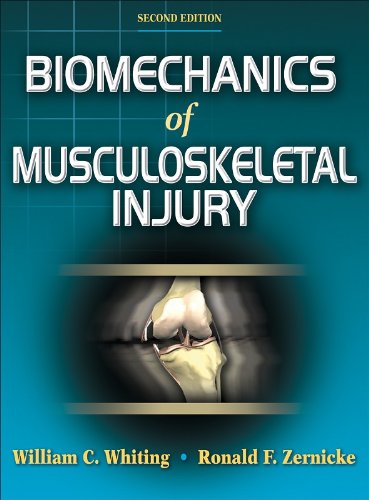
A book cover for Biomechanics of Musculoskeletal Injury, Second Edition; William C. Whiting PhD; Health, Fitness & Dieting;